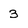
Character: 3